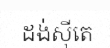
ដង់ស៊ីតេ